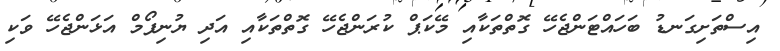
އިސްތަށިގަނޑު ބަހައްޓަންޖެހޭ ގޮތްތަކާއި މޭކަޕް ކުރަންޖެހޭ ގޮތްތަކާއި އަދި ޔުނިފޯމް އަޅަންޖެހޭ ވަކި